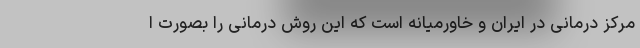
مرکز درمانی در ایران و خاورمیانه است که این روش درمانی را بصورت ا